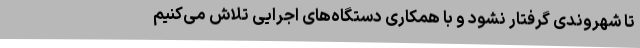
تا شهروندی گرفتار نشود و با همکاری دستگاه‌های اجرایی تلاش می‌کنیم